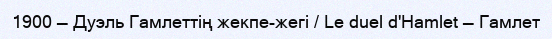
1900 — Дуэль Гамлеттің жекпе-жегі / Le duel d'Hamlet — Гамлет